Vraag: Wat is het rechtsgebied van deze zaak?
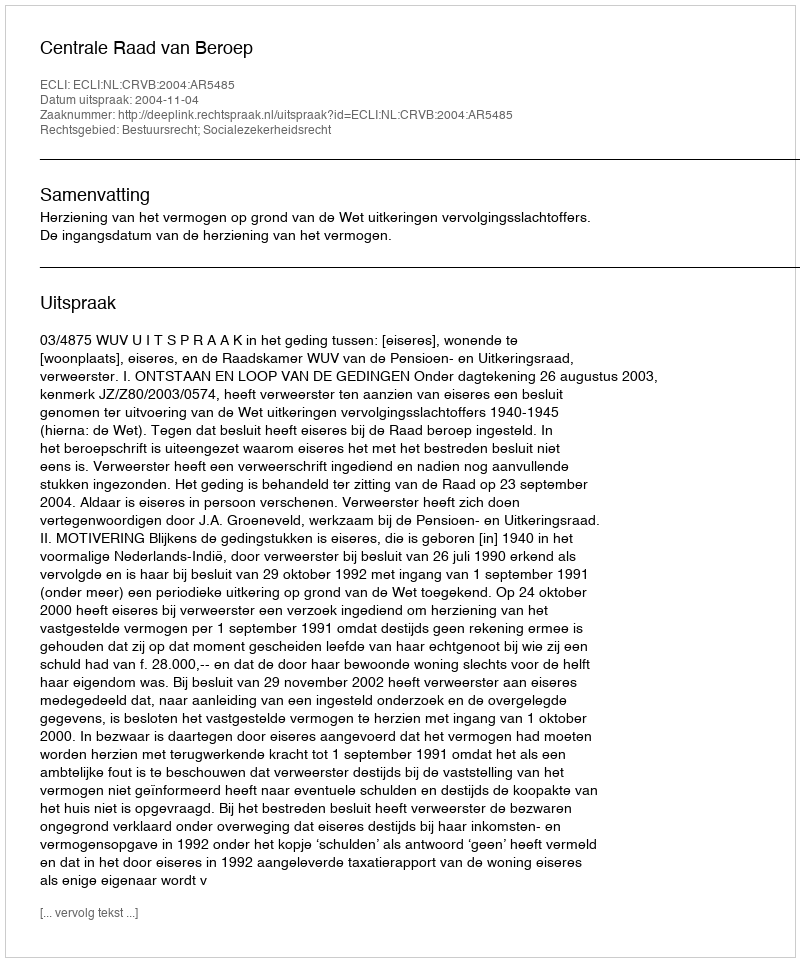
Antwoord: Bestuursrecht; Socialezekerheidsrecht